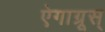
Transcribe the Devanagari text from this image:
ऐगाग्रूस्